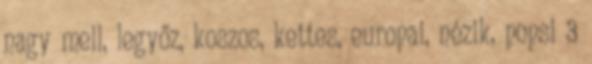
nagy mell, legyőz, koszos, kettes, europai, nézik, popsi 3